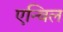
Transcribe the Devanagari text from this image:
एन्बिल